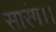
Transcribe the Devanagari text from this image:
सारंग।।